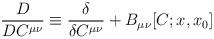
LaTeX: \begin{align*}\frac{D}{DC^{\mu\nu}} \equiv \frac{\delta}{\delta C^{\mu\nu}}+ B_{\mu\nu}[C; x, x_0]\end{align*}